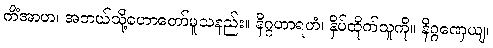
ကိံအာဟ၊ အဘယ်သို့ဟောတော်မူသနည်း။ နိဂ္ဂဟာရဟံ၊ နှိပ်ထိုက်သူကို။ နိဂ္ဂဏှေယျ၊